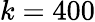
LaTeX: k=400